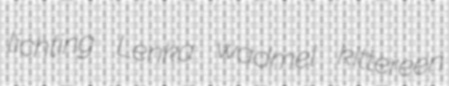
lichting Lenka wadmel kittereen